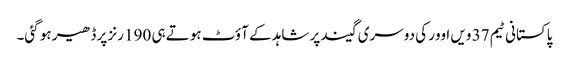
پاکستانی ٹیم 37 ویں اوور کی دوسری گیند پر شاہد کے آؤٹ ہوتے ہی 190 رنز پر ڈھیر ہو گئی۔